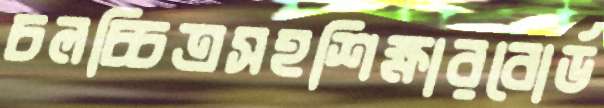
চলচ্চিত্রসহশিক্ষারবোর্ড